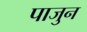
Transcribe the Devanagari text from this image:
पाजुन